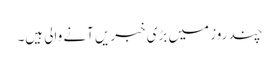
چند روز میں بڑی خبریں آنے والی ہیں۔